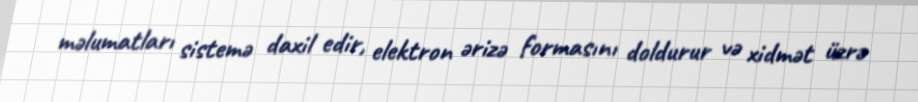
məlumatları sistemə daxil edir, elektron ərizə formasını doldurur və xidmət üzrə